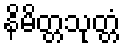
နိမိတ္တသုတ္တံ